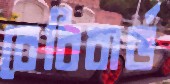
বেবিবার্ড